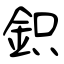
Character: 鉙